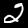
Digit: 2